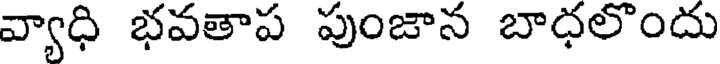
వ్యాధి భవతాప పుంజాన బాధలొందు